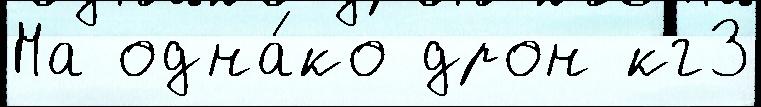
На одна́ко дрон кг3